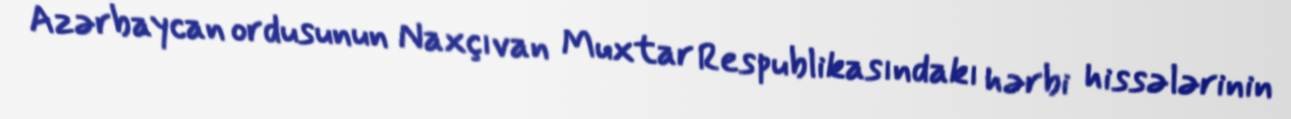
Azərbaycan ordusunun Naxçıvan Muxtar Respublikasındakı hərbi hissələrinin